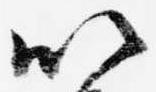
以